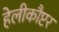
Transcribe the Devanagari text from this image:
हेलीकौप्टर